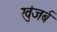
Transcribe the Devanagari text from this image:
खुंजर्ब